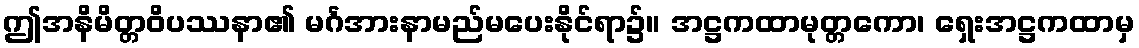
ဤအနိမိတ္တဝိပဿနာ၏ မင်္ဂအားနာမည်မပေးနိုင်ရာ၌။ အဋ္ဌကထာမုတ္တကော၊ ရှေးအဋ္ဌကထာမှ